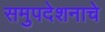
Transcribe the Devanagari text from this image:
समुपदेशनाचे